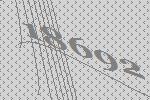
18692